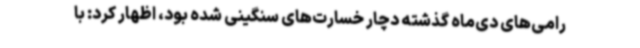
رامی‌های دی‌ماه گذشته دچار خسارت‌های سنگینی شده بود، اظهار کرد: با